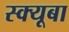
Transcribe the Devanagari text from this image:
स्क्यूबा